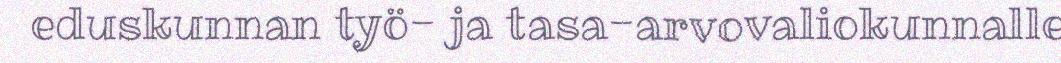
eduskunnan työ- ja tasa-arvovaliokunnalle